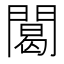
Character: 䦪